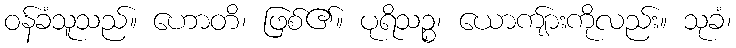
ဝန်ခံသူသည်။ ဟောတိ၊ ဖြစ်၏။ ပုရိသဉ္စ၊ ယောကျ်ားကိုလည်း။ သုခံ၊